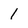
Character: 1